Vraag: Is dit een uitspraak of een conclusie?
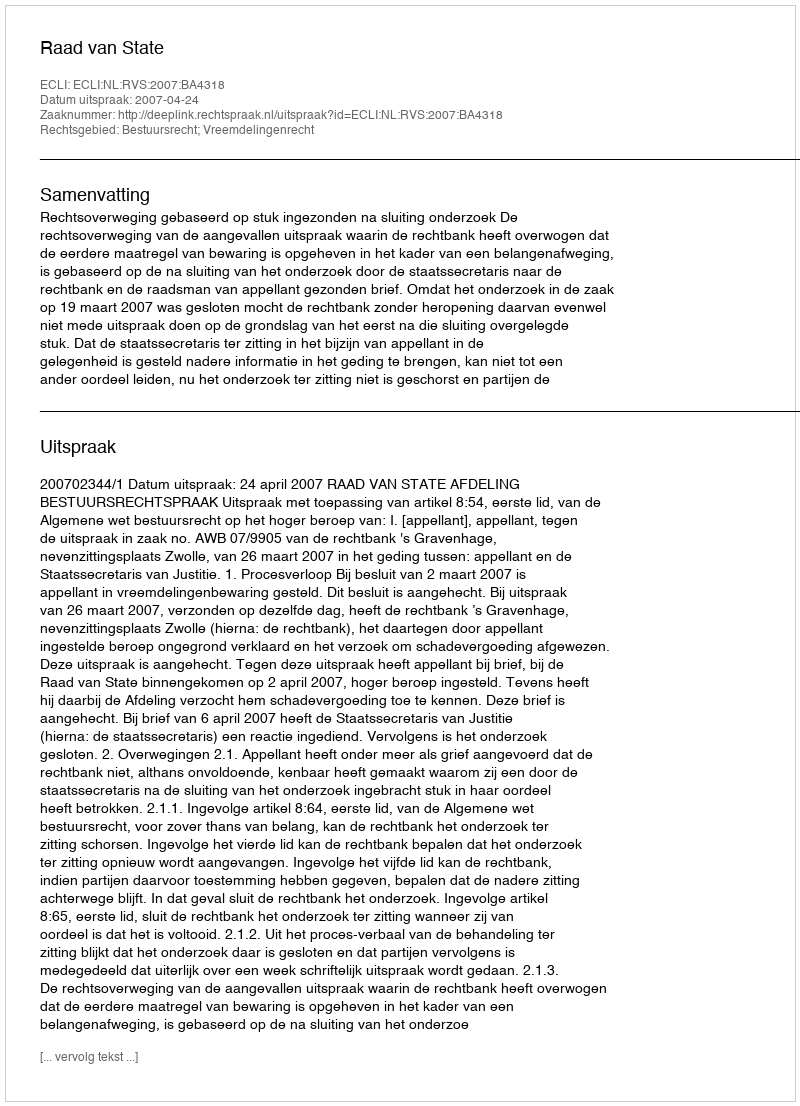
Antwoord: Uitspraak